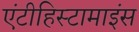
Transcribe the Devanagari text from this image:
एंटीहिस्टामाइंस